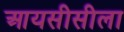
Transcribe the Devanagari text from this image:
आयसीसीला